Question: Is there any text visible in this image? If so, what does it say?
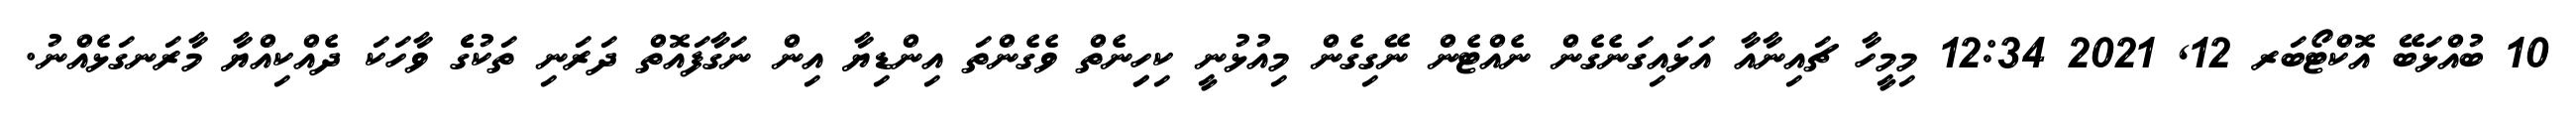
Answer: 10 ބުއްޅަބޭ އޮކްޓޯބަރ 12, 2021 12:34 މިމީހާ ޗައިނާއާ އަޅައިގަނެގެން ނެއްޓެން ނޭގިގެން މިއުޅުނީ ކިހިިނެތް ވެގެންތަ އިންޑިޔާ އިން ނަގާފައޮތް ދަރަނި ތަކުގެެ ވާހަކަ ދެއްކިއްޔާ މާރަނގަޅެއްނު.